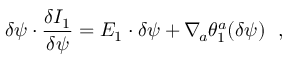
\delta \psi \cdot { \frac { \delta I _ { 1 } } { \delta \psi } } = E _ { 1 } \cdot \delta \psi + \nabla _ { \! a } \theta _ { 1 } ^ { a } ( \delta \psi ) \ \ ,